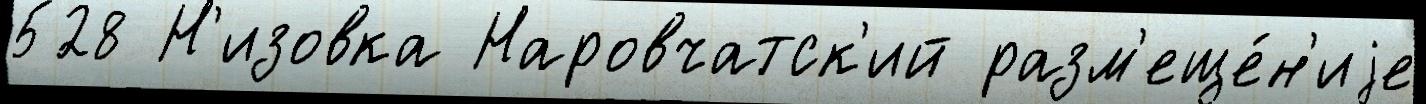
528 Н'изовка Наровчатск'ий разм'еще́н'иjе